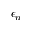
\epsilon _ { n }